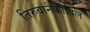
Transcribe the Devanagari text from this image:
तिरुवानैक्कोविल